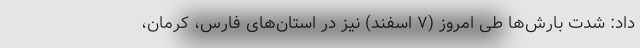
داد: شدت بارش‌ها طی امروز (۷ اسفند) نیز در استان‌های فارس، کرمان،